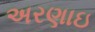
અરણાઇ